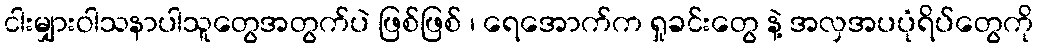
ငါးမျှားဝါသနာပါသူတွေအတွက်ပဲ ဖြစ်ဖြစ် ၊ ရေအောက်က ရှုခင်းတွေ နဲ့ အလှအပပုံရိပ်တွေကို